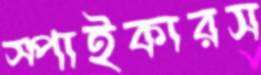
স্পাইকারস